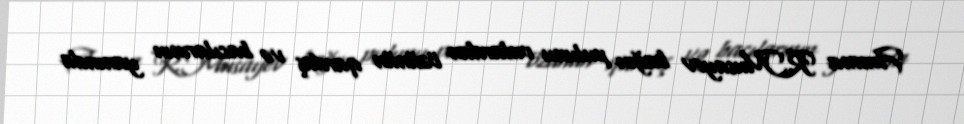
Amma R.Musayev bağın pulunu onlardan özünün qardaş və bacılarının yanında